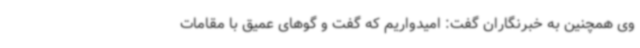
وی همچنین به خبرنگاران گفت: امیدواریم که گفت و گوهای عمیق با مقامات